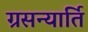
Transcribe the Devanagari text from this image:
ग्रसन्यार्ति